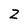
Character: Z